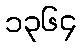
၁၃၆၄